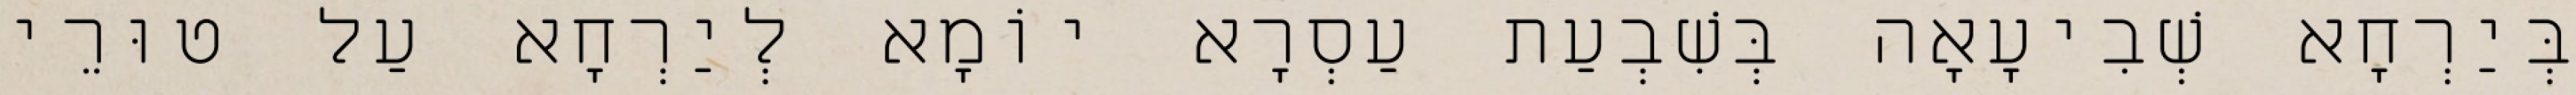
בְּיַרְחָא שְׁבִיעָאָה בְּשִׁבְעַת עַסְרָא יוֹמָא לְיַרְחָא עַל טוּרֵי